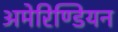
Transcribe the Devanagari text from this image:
अमेरिण्डियन